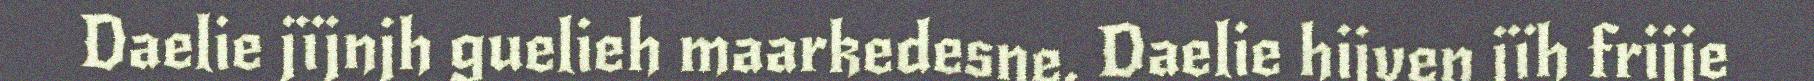
Daelie jïjnjh guelieh maarkedesne. Daelie hijven jïh frijje